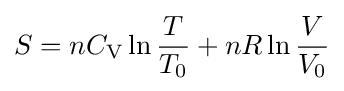
S=nC_{\text{V}}\ln {\frac {T}{T_{0}}}+nR\ln {\frac {V}{V_{0}}}